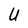
Character: U